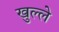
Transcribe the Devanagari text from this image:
खुल्ले